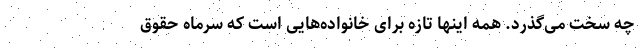
چه سخت می‌گذرد. همه اینها تازه برای خانواده‌‌هایی است که سرماه حقوق